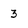
Character: 3